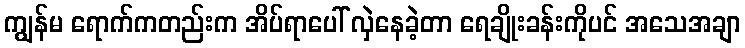
ကျွန်မ ရောက်ကတည်းက အိပ်ရာပေါ် လှဲနေခဲ့တာ ရေချိုးခန်းကိုပင် အသေအချာ